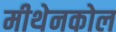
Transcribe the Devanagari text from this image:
मीथेनकोल